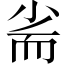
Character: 𡭺